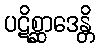
ပဋိစ္ဆာဒေန္တိ